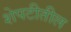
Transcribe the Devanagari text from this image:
शेपटीतील